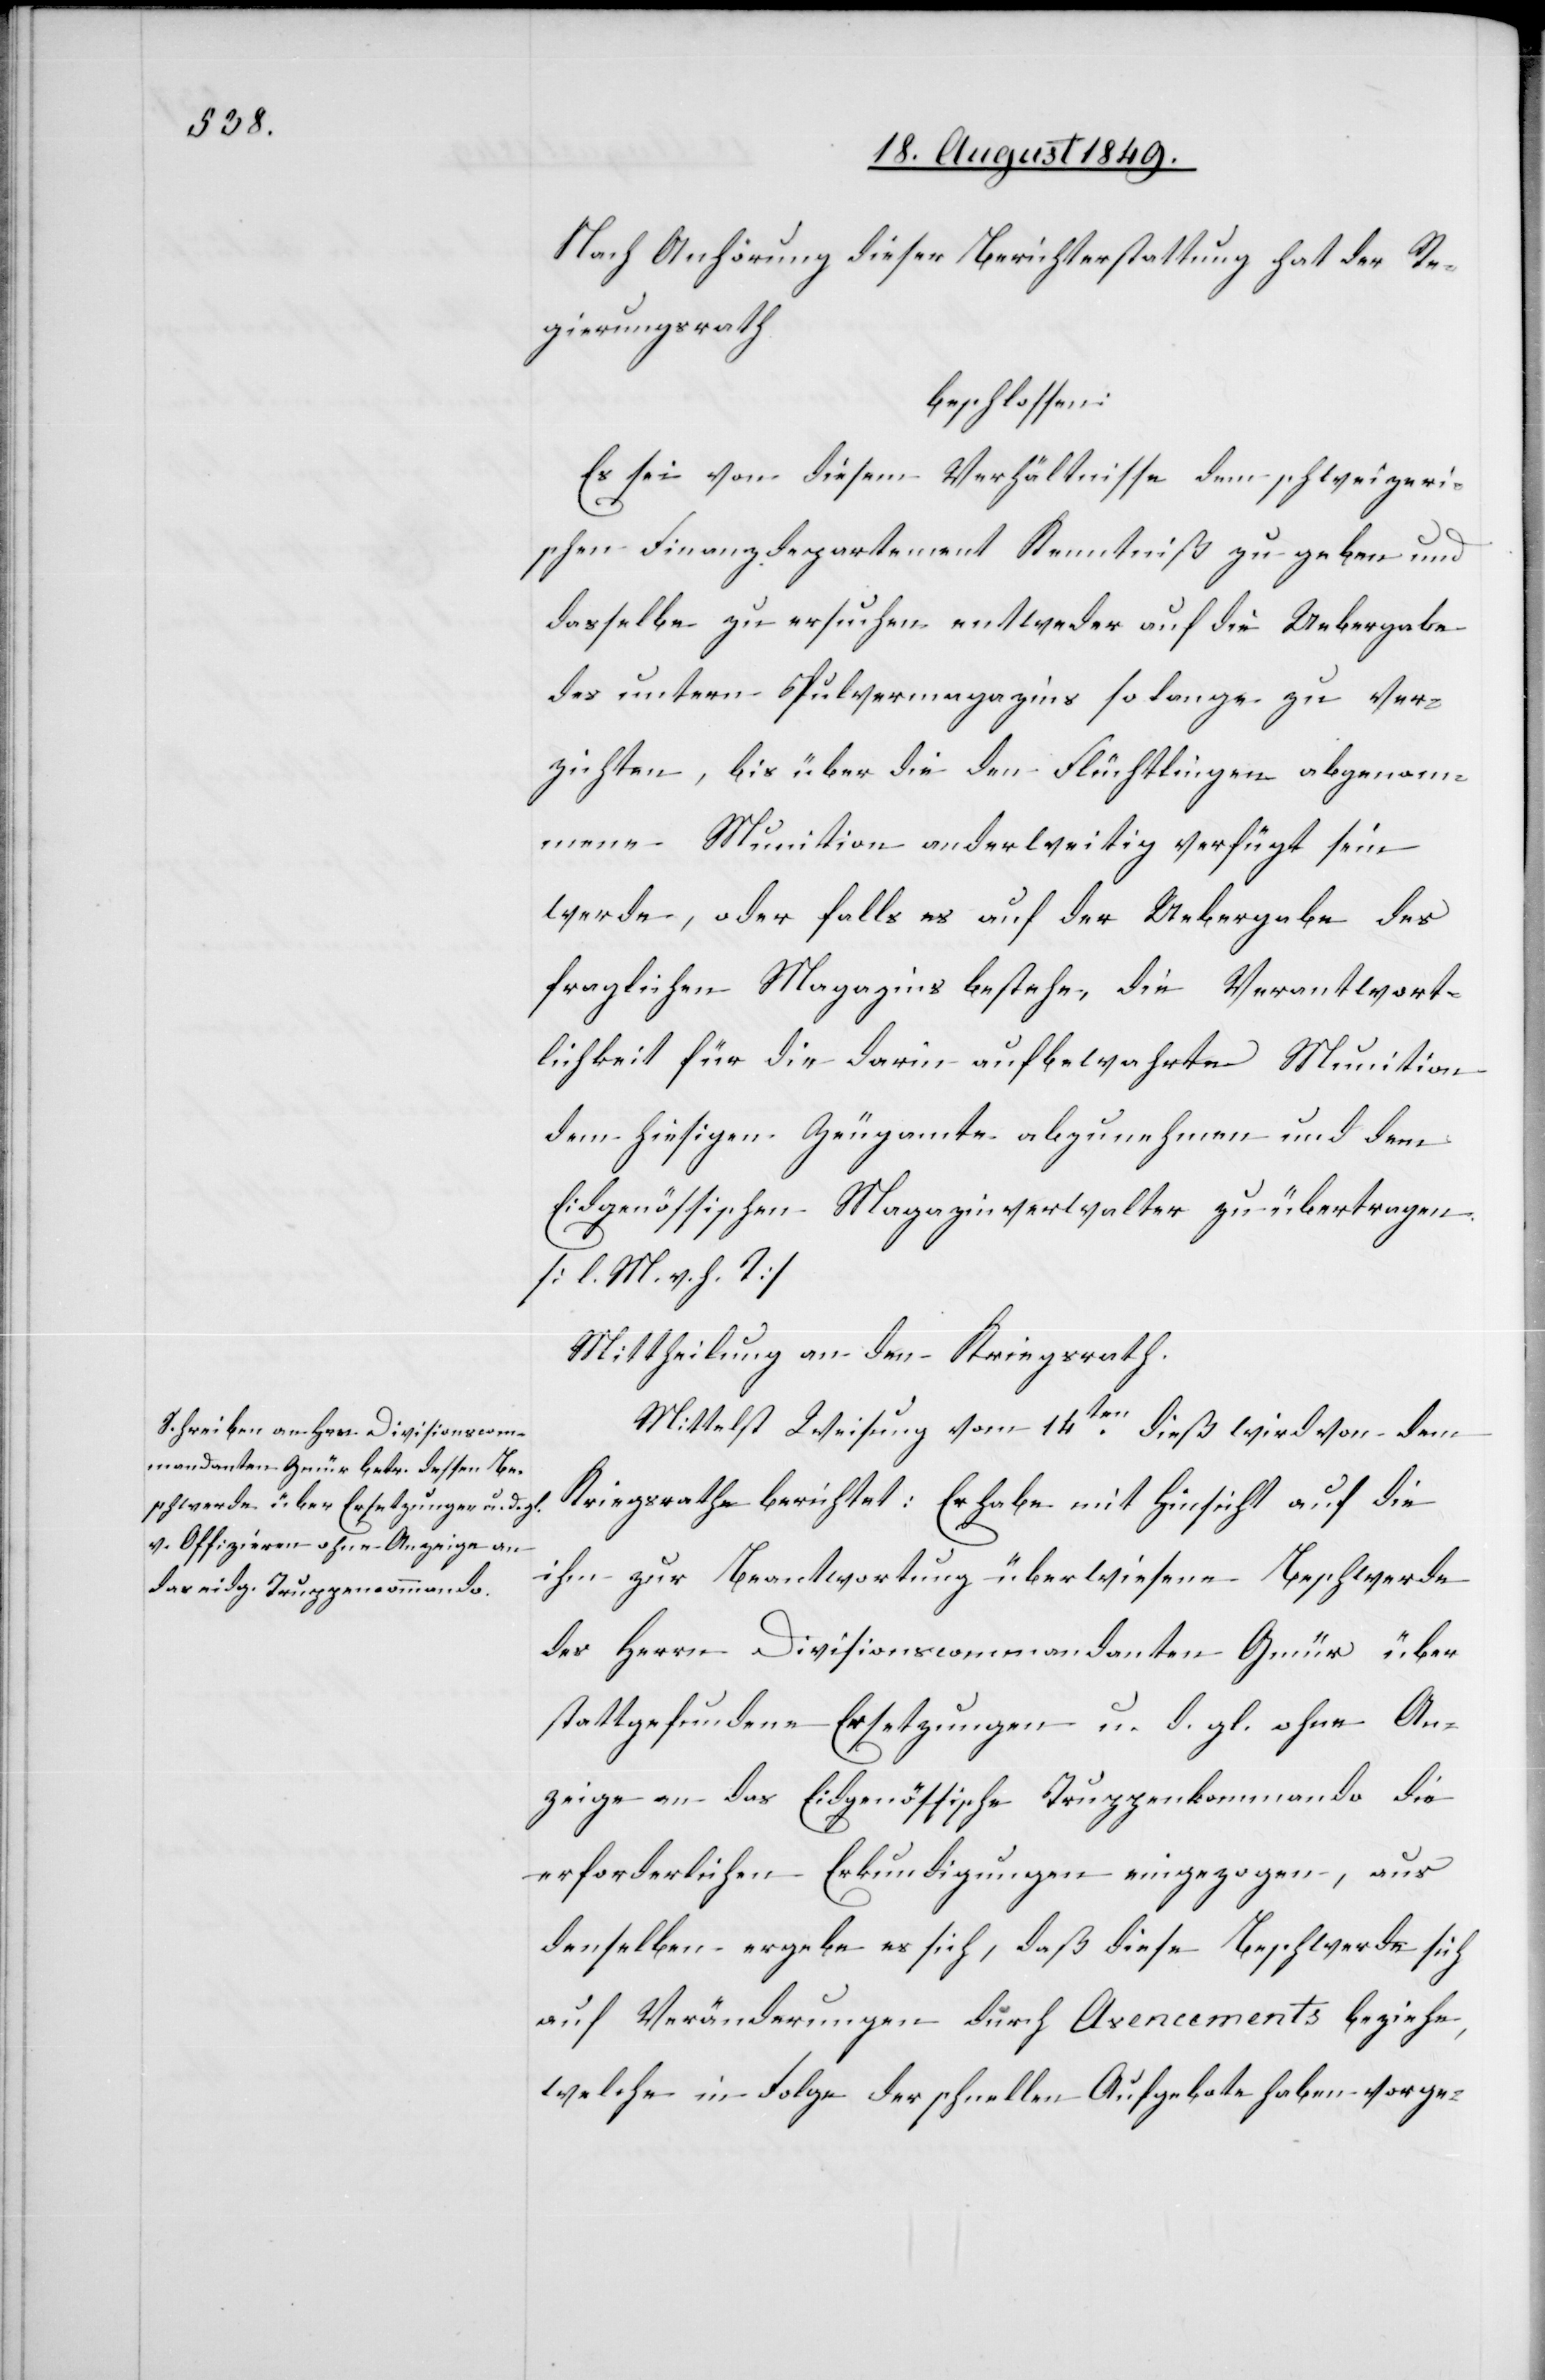
Nach Anhörung dieser Berichterstattung hat der Re¬
gierungsrath
beschlossen:
Es sei von diesem Verhältnisse dem schweizeri¬
schen Finanzdepartement Kenntniß zu geben und
dasselbe zu ersuchen entweder auf die Uebergabe
des untern Pulvermagazins so lange zu ver¬
zichten, bis über die den Flüchtlingen abgenom¬
mene Munition anderweitig verfügt sein
werde, oder falls es auf der Uebergabe des
fraglichen Magazins bestehe, die Verantwort¬
lichkeit für die darin aufbewahrte Munition
dem hiesigen Zeugamte abzunehmen und dem
Eidgenössischen Magazinverwalter zu übertragen.
[l. M. v. h. T]
Mittheilung an den Kriegsrath.
Mittelst Weisung vom 14ten dieß wird von dem
Kriegsrathe berichtet: Er habe mit Hinsicht auf die
ihm zur Beantwortung überwiesene Beschwerde
des Herrn Divisionscommandanten Gmür über
stattgefundene Ersetzungen u. d. gl. ohne An¬
zeige an das Eidgenössische Truppenkommando die
erforderlichen Erkundigungen eingezogen, aus
denselben ergebe es sich, daß diese Beschwerde sich
auf Veränderungen durch Avencements beziehe,
welche in Folge der schnellen Aufgebote haben vorge-